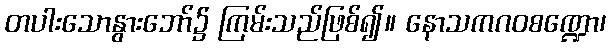
တပါးသောနွားဘော်၌ ကြမ်းသည်ဖြစ်၍။ နောသကဂဝစဏ္ဍော၊